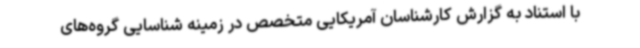
با استناد به گزارش کارشناسان آمریکایی متخصص در زمینه شناسایی گروه‌های